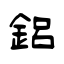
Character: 鋁